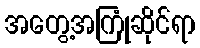
အတွေ့အကြုံဆိုင်ရာ